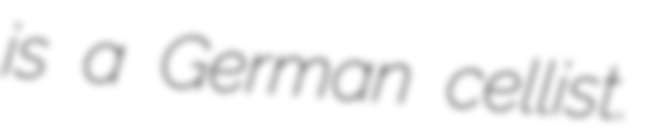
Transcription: is a German cellist.